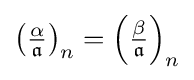
\left({\tfrac {\alpha }{\mathfrak {a}}}\right)_{n}=\left({\tfrac {\beta }{\mathfrak {a}}}\right)_{n}